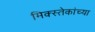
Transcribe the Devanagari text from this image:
मिक्स्तेकांच्या